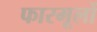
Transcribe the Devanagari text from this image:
फारमूलों